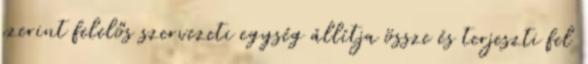
szerint felelős szervezeti egység állítja össze és terjeszti fel